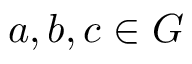
a , b , c \in G